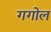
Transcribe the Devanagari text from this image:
गगोल